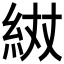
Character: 𮈌